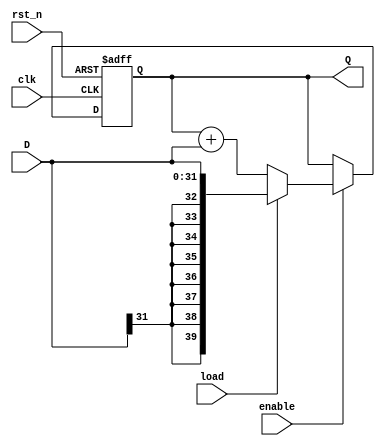
//////////////////////////////////////////////////////////////////////////////////
// Module Name:             filter_accumulator.v
// Last Modification:       3/25/2016
// Description:             ????
//////////////////////////////////////////////////////////////////////////////////

`timescale 1ns / 1ps

module filter_accumulator(clk, rst_n, enable,load, D, Q);
    
    // MODULE INTERFACES
    //---------------------------------------------------------------------------  
    //---------------------------------------------------------------------------
    input	signed                  clk;     // input: these need descriptions
    input   signed                  rst_n;   // input:
    input   signed                  enable;  // input:
    input   signed                  load;    // input:
    input 	signed  [31:0]          D;	     // input:
    output  signed  [39:0]          Q; 	     // output: 
    //---------------------------------------------------------------------------  
    //---------------------------------------------------------------------------

    reg     signed  [39:0]          tmp;     // ????

    assign Q = tmp;                          // 

    always @(posedge clk or negedge rst_n) 
    begin 
        if (!rst_n)
            tmp <= 1'b0;
            
        else if (enable)
        begin 
            if (load)
                tmp <= D;
            else
                tmp <= tmp + D;
        end
    end
endmodule